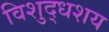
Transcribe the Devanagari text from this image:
विशुद्धशय